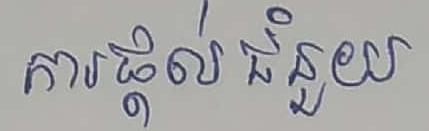
ការផ្ដល់ជំនួយ